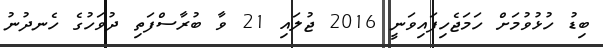
ބިޑު ހުޅުވުމަށް ހަމަޖެހިފައިވަނީ 2016 ޖުލައި 21 ވާ ބުރާސްފަތި ދުވަހުގެ ހެނދުނު